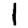
Digit: 1